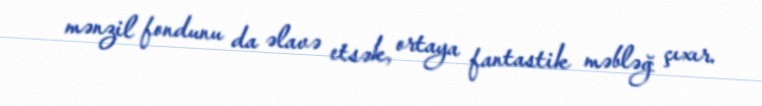
mənzil fondunu da əlavə etsək, ortaya fantastik məbləğ çıxır.